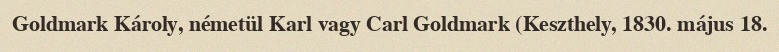
Goldmark Károly, németül Karl vagy Carl Goldmark (Keszthely, 1830. május 18.